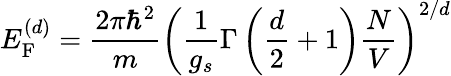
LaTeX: E_{\mathrm{F}}^{(d)}={\frac{2\pi\hbar^{2}}{m}}\left({\frac{1}{g_{s}}}\Gamma\left({\frac{d}{2}}+1\right){\frac{N}{V}}\right)^{2/d}